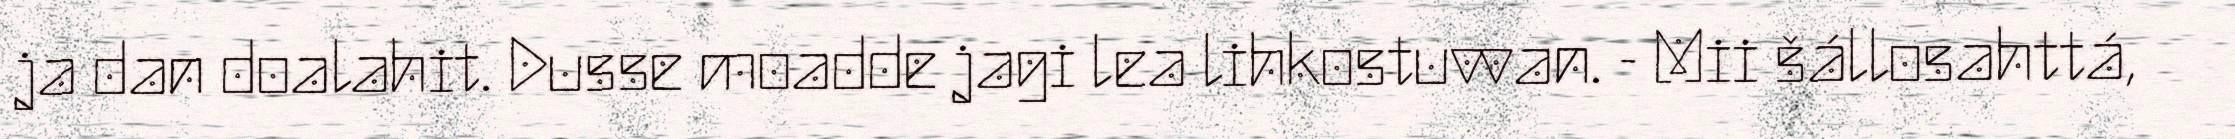
ja dan doalahit. Dusse moadde jagi lea lihkostuvvan. - Mii šállosahttá,